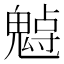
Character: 𩳨